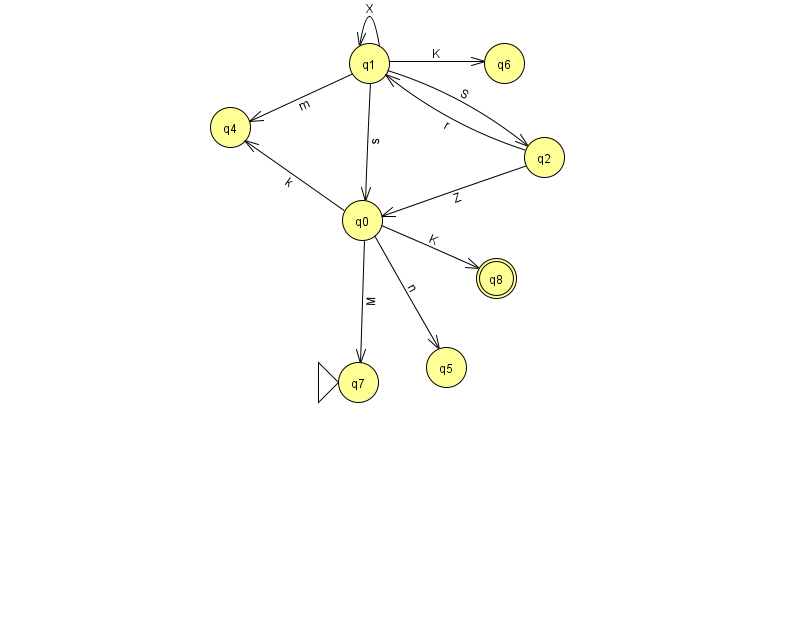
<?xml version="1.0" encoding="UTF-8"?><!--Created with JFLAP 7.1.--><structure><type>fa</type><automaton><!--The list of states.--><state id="0" name="q0"><x>362.0</x><y>207.0</y></state><state id="1" name="q1"><x>369.0</x><y>50.0</y></state><state id="2" name="q2"><x>544.0</x><y>144.0</y></state><state id="4" name="q4"><x>230.0</x><y>114.0</y></state><state id="5" name="q5"><x>446.0</x><y>354.0</y></state><state id="6" name="q6"><x>504.0</x><y>50.0</y></state><state id="7" name="q7"><x>358.0</x><y>369.0</y><initial/></state><state id="8" name="q8"><x>496.0</x><y>265.0</y><final/></state><!--The list of transitions.--><transition><from>1</from><to>6</to><read>K</read></transition><transition><from>0</from><to>4</to><read>k</read></transition><transition><from>0</from><to>7</to><read>M</read></transition><transition><from>1</from><to>1</to><read>X</read></transition><transition><from>2</from><to>1</to><read>r</read></transition><transition><from>1</from><to>2</to><read>S</read></transition><transition><from>2</from><to>0</to><read>Z</read></transition><transition><from>1</from><to>0</to><read>s</read></transition><transition><from>0</from><to>5</to><read>n</read></transition><transition><from>1</from><to>4</to><read>m</read></transition><transition><from>0</from><to>8</to><read>K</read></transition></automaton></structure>